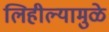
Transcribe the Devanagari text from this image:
लिहील्यामुळे